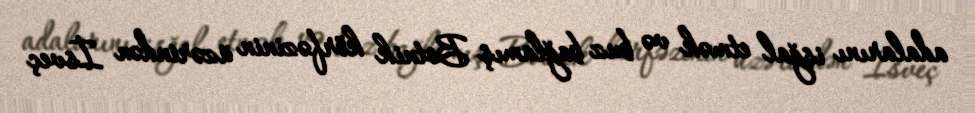
adalarını işğal etmək və buz bağlamış Botnik körfəzinin üzərindən İsveç